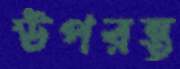
উপরন্তু